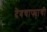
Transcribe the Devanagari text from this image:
देवचाफ्याची